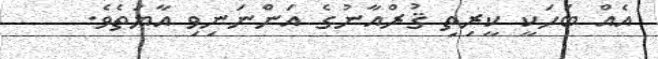
އެއް ބަހަކީ ކީރިތި ޤުރްއާނުގެ އަންނަނިވި އާޔަތެވެ.